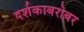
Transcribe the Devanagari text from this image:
दर्शकाबरोबर